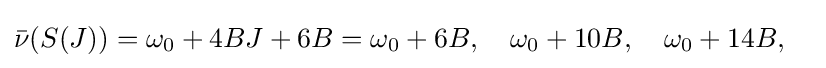
{\bar {\nu }}(S(J))=\omega _{0}+4BJ+6B=\omega _{0}+6B,\quad \omega _{0}+10B,\quad \omega _{0}+14B,\quad